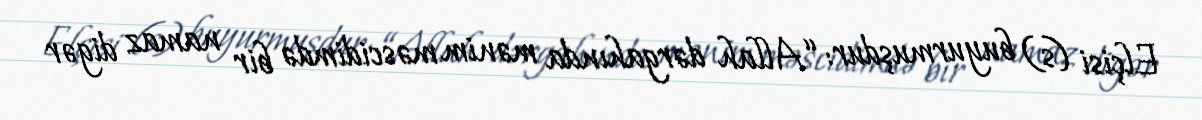
Elçisi (s) buyurmuşdur: “Allah dərgahında mənim məscidimdə bir namaz digər